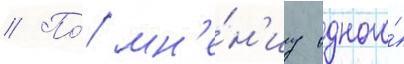
// По́ мн'е́н'иу одного́